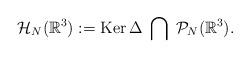
LaTeX: \begin{align*} \mathcal{H}_{N}(\mathbb{R}^3):=\mathrm{Ker}\,\Delta\;\bigcap\;\mathcal{P}_{N}(\mathbb{R}^3).\end{align*}